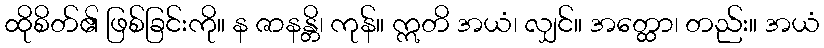
ထိုစိတ်၏ ဖြစ်ခြင်းကို။ န ဇာနန္တိ၊ ကုန်။ ဣတိ အယံ၊ လျှင်။ အတ္ထော၊ တည်း။ အယံ